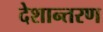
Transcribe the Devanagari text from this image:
देशान्तरण